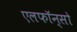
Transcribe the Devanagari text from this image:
एलफाॅन्सो